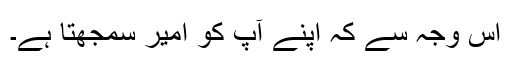
اس وجہ سے کہ اپنے آپ کو امیر سمجھتا ہے۔